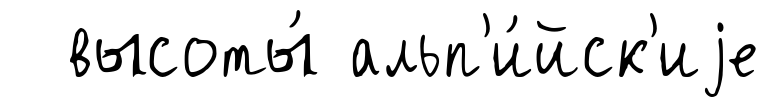
высоты́ альп'и́йск'иjе